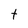
Character: t